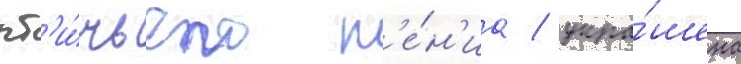
пт'и́чьего п'е́н'иа / укра́шена